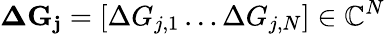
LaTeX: \mathbf{\Delta G_{j}}=[\Delta G_{j,1}\dots\Delta G_{j,N}]\in\mathbb{C}^{N}